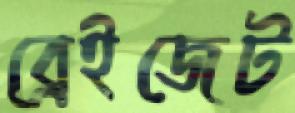
ব্রেইজেট